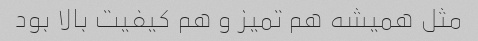
مثل همیشه هم تمیز و هم کیفیت بالا بود